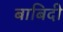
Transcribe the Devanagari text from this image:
बाबिदी